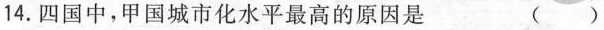
14.四国中，甲国城市化水平最高的原因是 ( )